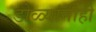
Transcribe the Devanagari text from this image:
डोळ्यांनीही